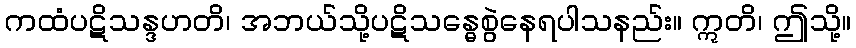
ကထံပဋိသန္ဒဟတိ၊ အဘယ်သို့ပဋိသန္ဓေစွဲနေရပါသနည်း။ ဣတိ၊ ဤသို့။